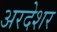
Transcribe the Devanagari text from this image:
अरदेशर